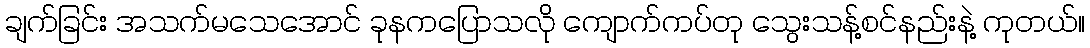
ချက်ခြင်း အသက်မသေအောင် ခုနကပြောသလို ကျောက်ကပ်တု သွေးသန့်စင်နည်းနဲ့ ကုတယ်။